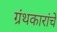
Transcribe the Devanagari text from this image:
ग्रंथकारांचे